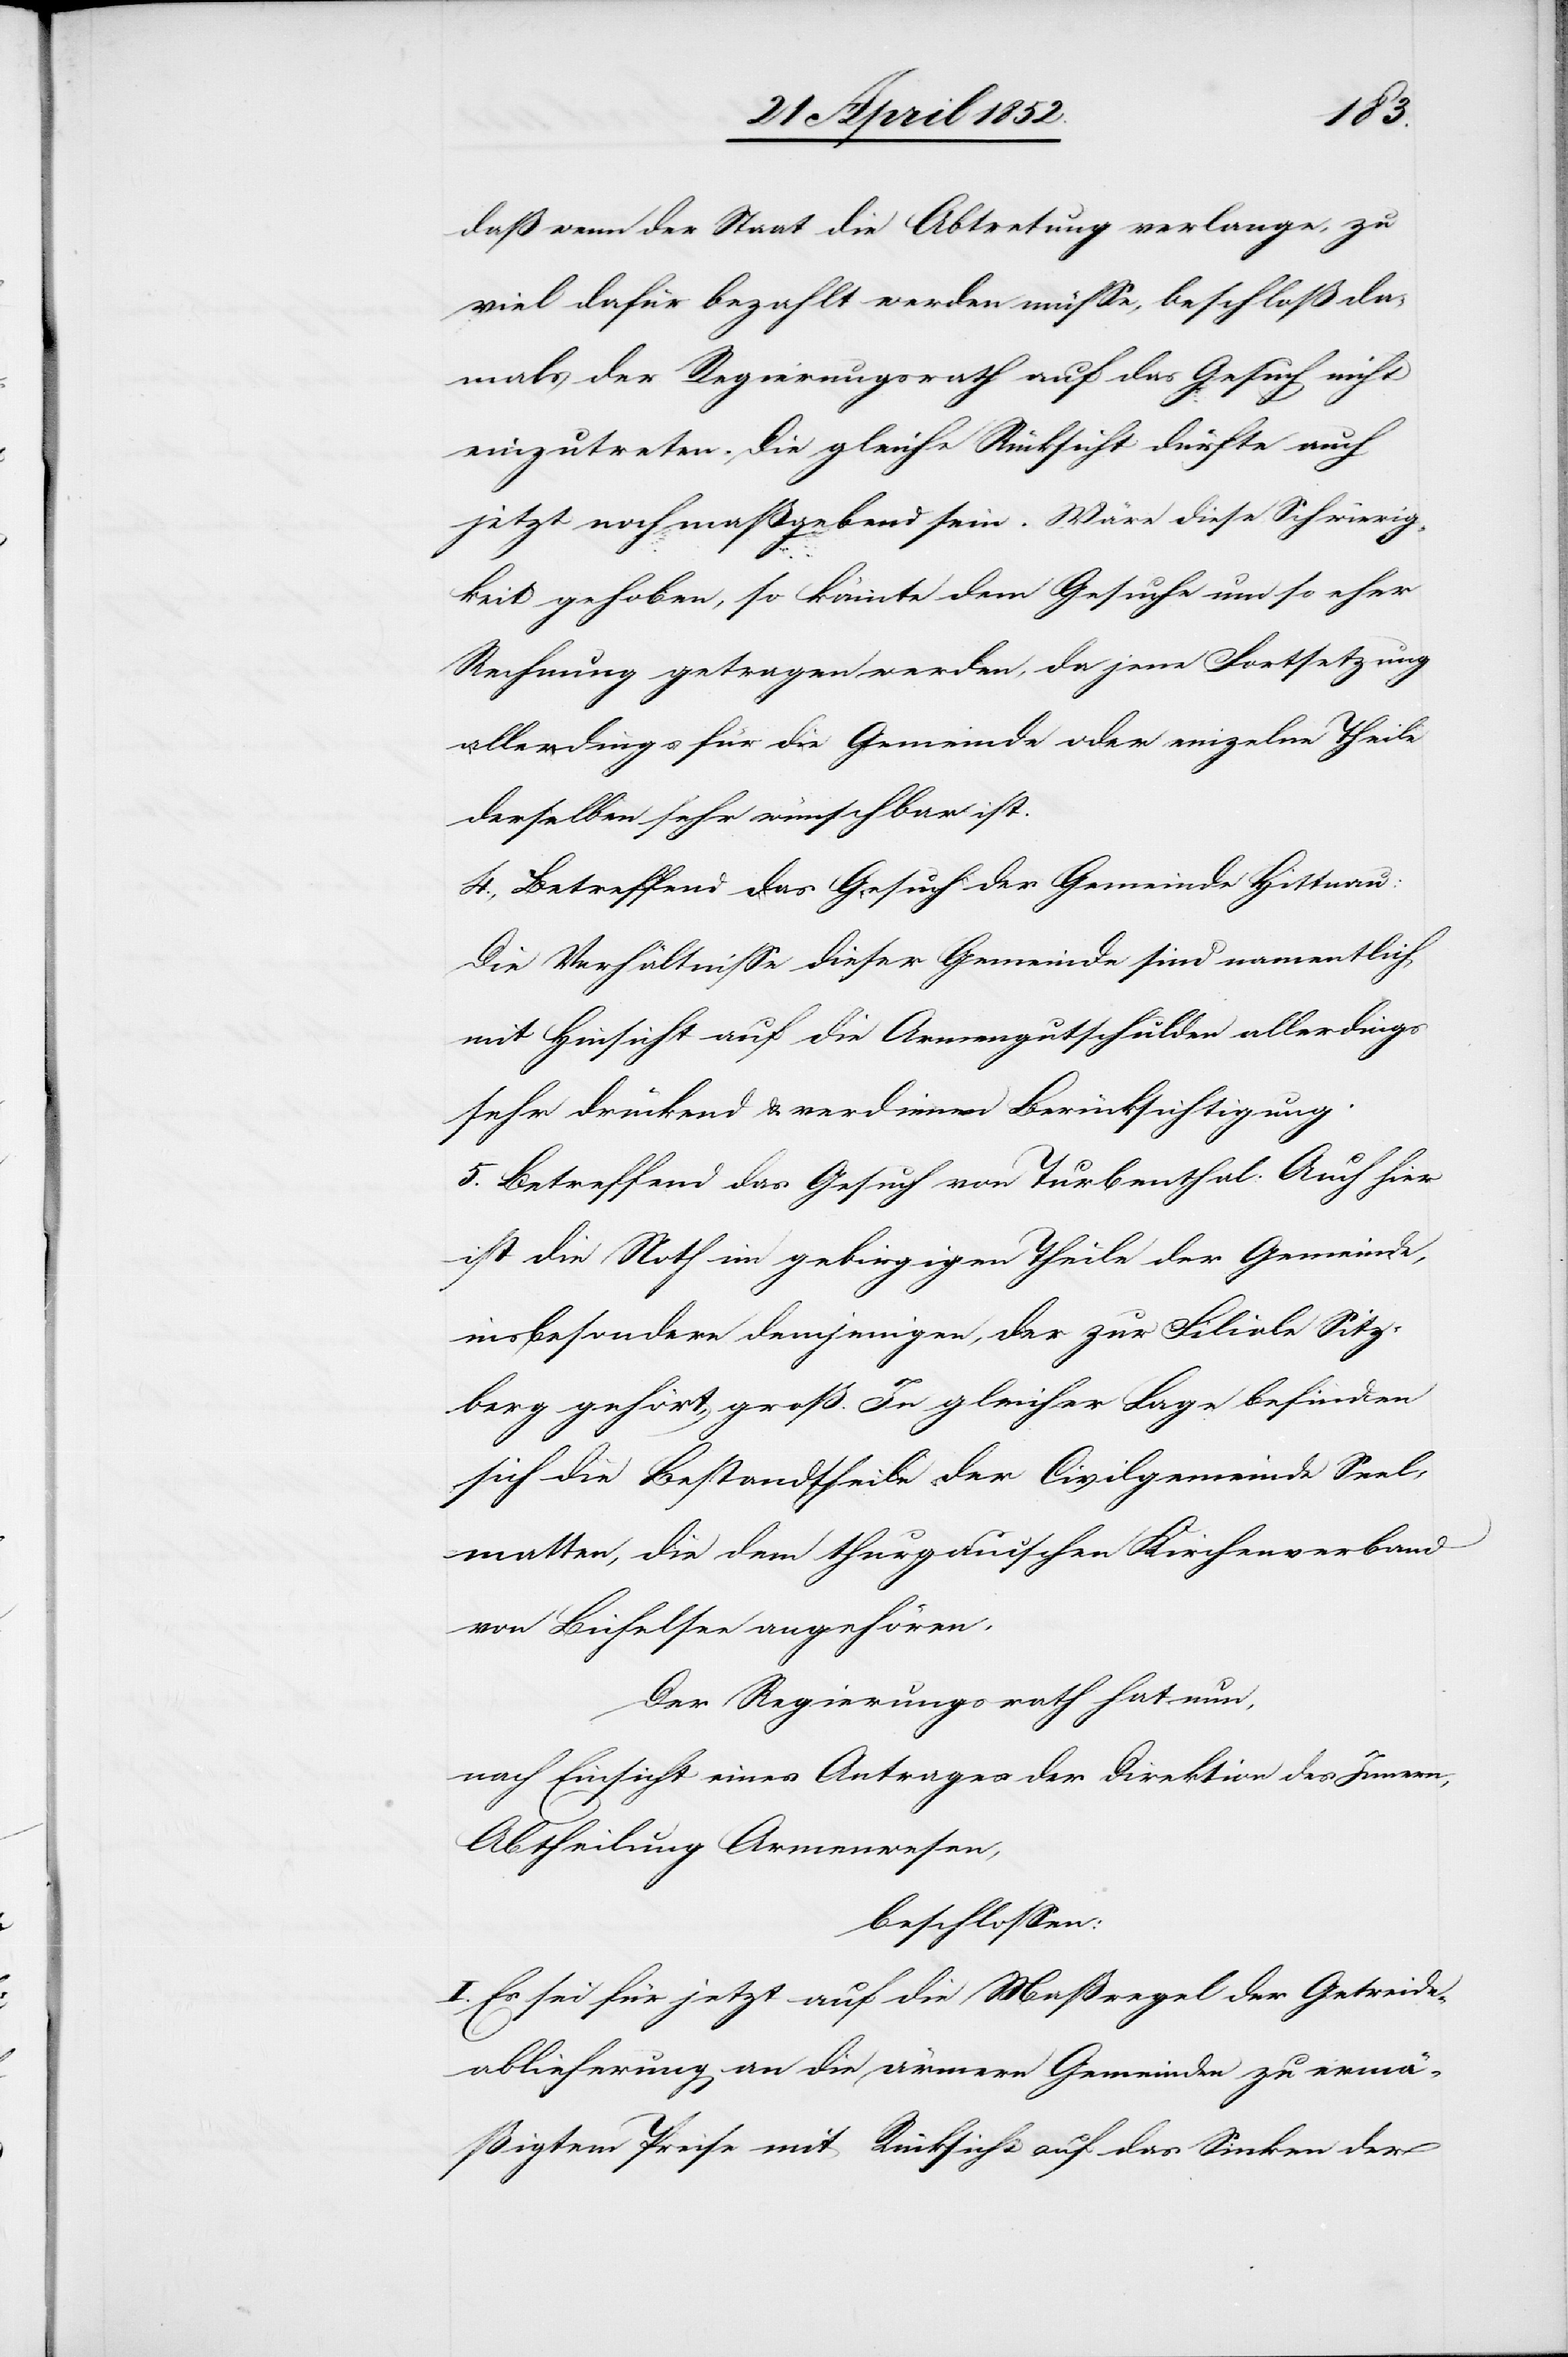
daß wenn der Staat die Abtretung verlange, zu
viel dafür bezahlt werden müsse, beschloß da¬
mals der Regierungsrath auf das Gesuch nicht
einzutreten. Die gleiche Rücksicht dürfte auch
jetzt noch maßgebend sein. Wäre diese Schwierig¬
keit gehoben, so könnte dem Gesuche um so eher
Rechnung getragen werden, da jene Fortsetzung
allerdings für die Gemeinde oder einzelne Theile
derselben sehr wünschbar ist.
4., Betreffend das Gesuch der Gemeinde Hittnau:
Die Verhältnisse dieser Gemeinde sind namentlich
mit Hinsicht auf die Armengutschulden allerdings
sehr drückend & verdienen Berücksichtigung.
5. Betreffend das Gesuch von Turbenthal: Auch hier
ist die Noth im gebirgigen Theile der Gemeinde,
insbesondere demjenigen, der zur Filiale Sitz¬
berg gehört, groß. In gleicher Lage befinden
sich die Bestandtheile der Civilgemeinde Seel¬
matten, die dem thurgauischen Kirchenverband
von Bichelsee angehören.
Der Regierungsrath hat nun,
nach Einsicht eines Antrages der Direktion des Innern,
Abtheilung Armenwesen,
beschlossen:
I. Es sei für jetzt auf die Maßregel der Getreide¬
ablieferung an die ärmern Gemeinden zu ermä¬
ßigtem Preise mit Rücksicht auf das Sinken der